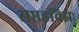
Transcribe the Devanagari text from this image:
सप्तहविझः